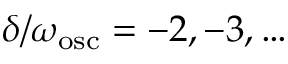
\delta / \omega _ { \mathrm { o s c } } = - 2 , - 3 , \ldots